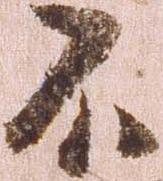
不